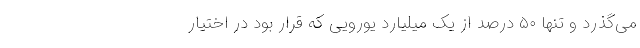
می‌گذرد و تنها ۵۰ درصد از یک میلیارد یورویی که قرار بود در اختیار